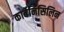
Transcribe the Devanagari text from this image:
कार्बेनिसिलिन